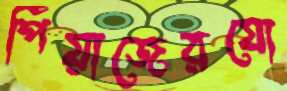
পিঁয়াজেরযো